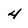
Character: 4